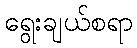
ရွေးချယ်စရာ